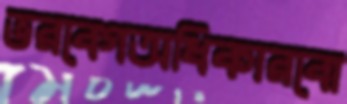
ভরবেগঅধিকারবো